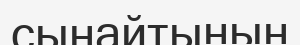
сынайтынын